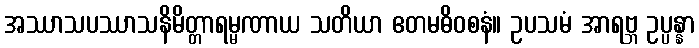
အဿာသပဿာသနိမိတ္တာရမ္မဏာယ သတိယာ ဧတမဓိဝစနံ။ ဥပသမံ အာရဗ္ဘ ဥပ္ပန္နာ